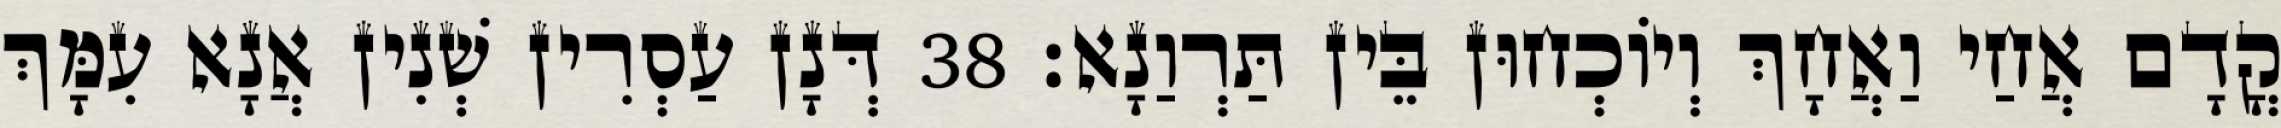
קֳדָם אֲחַי וַאֲחָךְ וְיוֹכְחוּן בֵּין תַּרְוַנָא׃ 38 דְּנָן עַסְרִין שְׁנִין אֲנָא עִמָּךְ